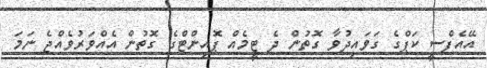
އޭއެފްސީ ކަޕްގެ ގަވައިދުވާ ގޮތުން ދެ ޓީމެއް ޕޮއިންޓްގެ ގޮތުން އެއްވަރުވެއްޖެ ނަމަ